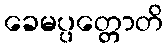
ခေမပ္ပတ္တောတိ